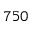
7 5 0